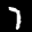
Label: 7